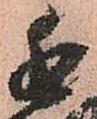
近